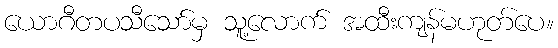
ယောဂီတပသီသော်မှ သူ့လောက် အထီးကျန်မဟုတ်ပေ။